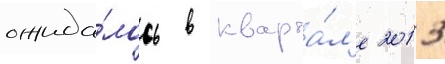
ожида́лось в кварта́л'е 2013